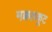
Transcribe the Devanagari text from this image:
मक्कलकूट